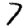
Digit: 7